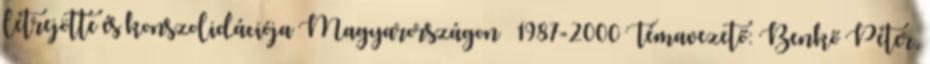
létrejötte és konszolidációja Magyarországon – 1987-2000 Témavezető: Benkő Péter,